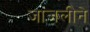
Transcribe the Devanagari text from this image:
जाजलीने